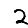
Digit: 2